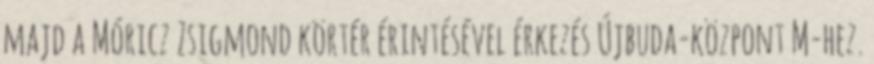
majd a Móricz Zsigmond körtér érintésével érkezés Újbuda-központ M-hez.